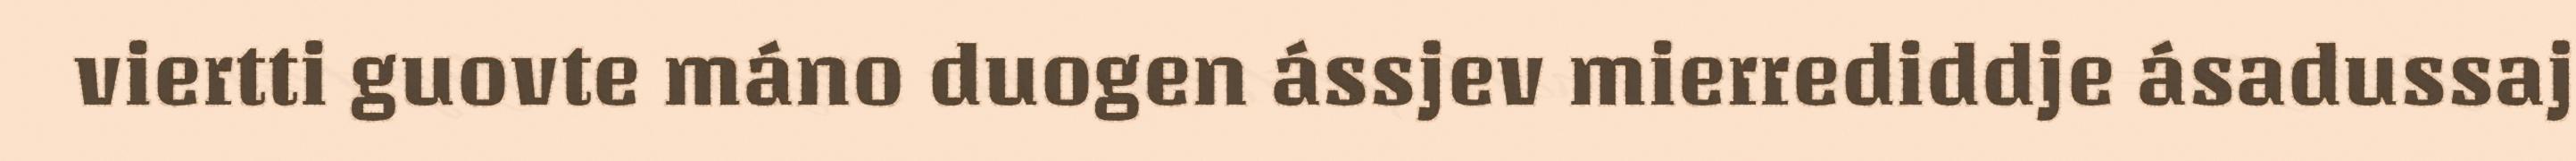
viertti guovte máno duogen ássjev mierrediddje ásadussaj